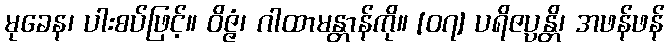
မုခေန၊ ပါးစပ်ဖြင့်။ ဝိဇ္ဇံ၊ ဂါထာမန္တာန်ကို။ [၀၇] ပရိဇပ္ပန္တိ၊ အဖန်ဖန်